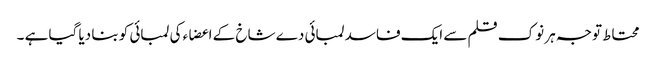
محتاط توجہ ہر نوک قلم سے ایک فاسد لمبائی دے شاخ کے اعضاء کی لمبائی کو بنا دیا گیا ہے ۔